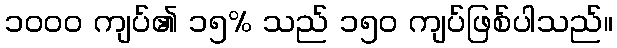
၁၀၀၀ ကျပ်၏ ၁၅% သည် ၁၅၀ ကျပ်ဖြစ်ပါသည်။